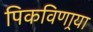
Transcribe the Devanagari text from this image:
पिकविणार्‍या